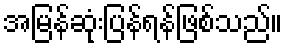
အမြန်ဆုံးပြန်ရန်ဖြစ်သည်။